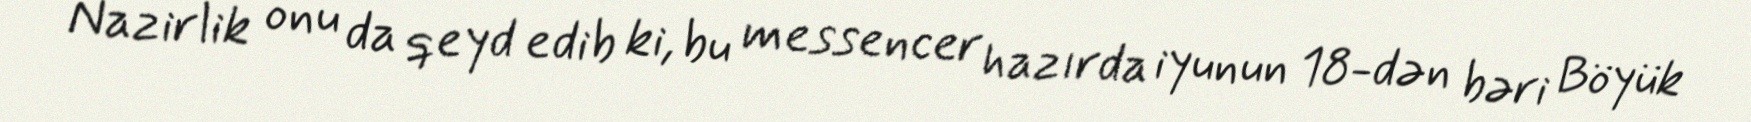
Nazirlik onu da qeyd edib ki, bu messencer hazırda iyunun 18-dən bəri Böyük